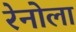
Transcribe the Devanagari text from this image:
रेनोला